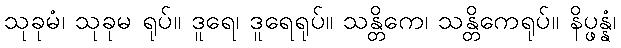
သုခုမံ၊ သုခုမ ရုပ်။ ဒူရေ၊ ဒူရေရုပ်။ သန္တိကေ၊ သန္တိကေရုပ်။ နိပ္ဖန္နံ၊